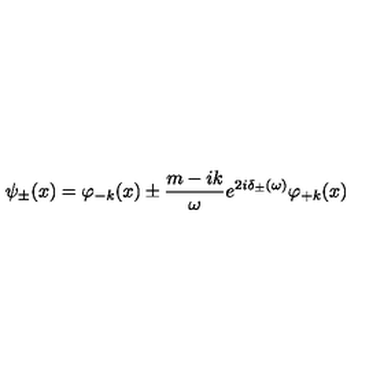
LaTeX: \psi _ { \pm } ( x ) = \varphi _ { - k } ( x ) \pm \frac { m - i k } { \omega } e ^ { 2 i \delta _ { \pm } ( \omega ) } \varphi _ { + k } ( x )